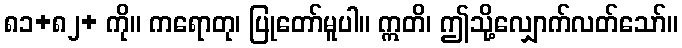
၈၁+၈၂+ ကို။ ကရောတု၊ ပြုတော်မူပါ။ ဣတိ၊ ဤသို့လျှောက်လတ်သော်။